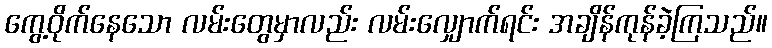
ကွေ့ဝိုက်နေသော လမ်းတွေမှာလည်း လမ်းလျှောက်ရင်း အချိန်ကုန်ခဲ့ကြသည်။